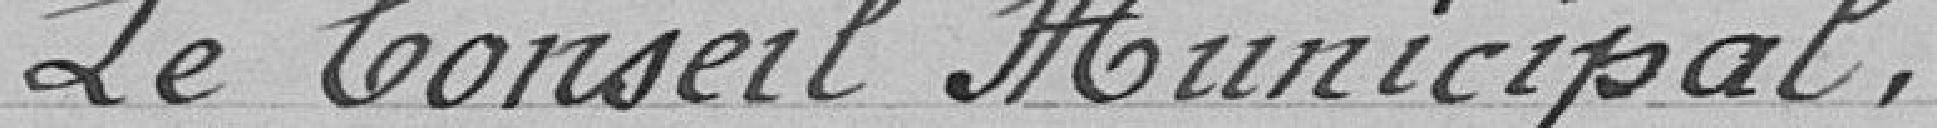
Le Conseil Municipal ,